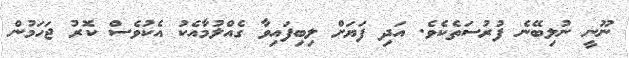
ނޫނީ ނުލިބޭނެ ފުރުސަތެކެވެ. އަދި ފަޔަށް ލިބިފައިވާ ގެއްލުމާއެކު އެކުވެސް ކޮރު ޖަހަމުން